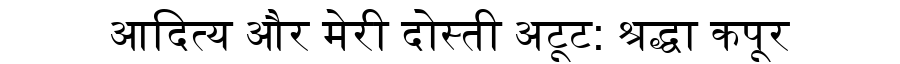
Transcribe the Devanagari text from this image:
आदित्य और मेरी दोस्ती अटूट: श्रद्धा कपूर